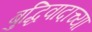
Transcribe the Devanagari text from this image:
बुद्धिवादाच्या